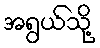
အရွယ်သို့